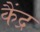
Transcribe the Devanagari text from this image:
कैंद्र